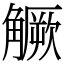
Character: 𧤼